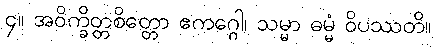
၄။ အဝိက္ခိတ္တစိတ္တော ဧကဂ္ဂေါ၊ သမ္မာ ဓမ္မံ ဝိပဿတိ။